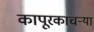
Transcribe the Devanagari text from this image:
कापूरकाचऱ्या